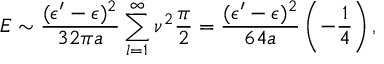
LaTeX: E \sim { \frac { ( \epsilon ^ { \prime } - \epsilon ) ^ { 2 } } { 3 2 \pi a } } \sum _ { l = 1 } ^ { \infty } \nu ^ { 2 } { \frac { \pi } { 2 } } = { \frac { ( \epsilon ^ { \prime } - \epsilon ) ^ { 2 } } { 6 4 a } } \left( - { \frac { 1 } { 4 } } \right) ,